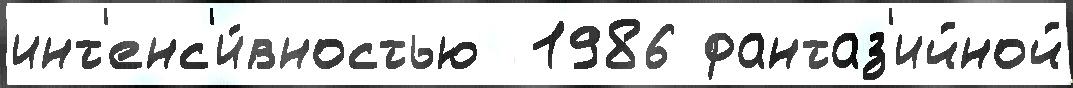
инт'енс'и́вностью  1986 фантаз'ийной